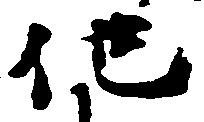
他